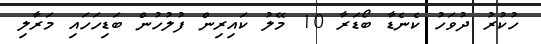
ހުކުރު ދުވަހު ކެނެޑާ ބޯޑަރާ 10 މޭލު ކައިރިން ފުލުހުން ބަޑިހަހައި މަރާލި